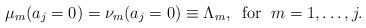
\begin{align*}\mu_m(a_j=0)=\nu_m(a_j=0)\equiv \Lambda_m , \;\; {\rm for} \;\; m=1,\ldots,j.\end{align*}